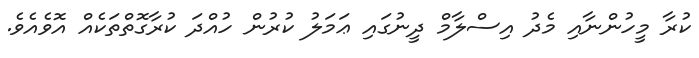
ކުރާ މީހުންނާއި މެދު އިސްލާމް ދީނުގައި ޢަމަލު ކުރުން ހުއްދަ ކުރާގޮތްތަކެއް އޮވެއެވެ.